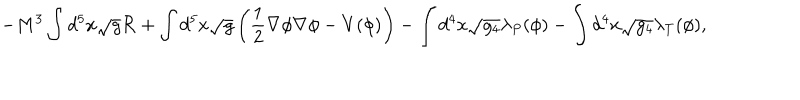
LaTeX: - M ^ { 3 } \int d ^ { 5 } x \sqrt { g } { \cal R } + \int d ^ { 5 } x \sqrt { g } \left( \frac { 1 } { 2 } \nabla \phi \nabla \phi - V ( \phi ) \right) - \int d ^ { 4 } x \sqrt { g _ { 4 } } \lambda _ { P } ( \phi ) - \int d ^ { 4 } x \sqrt { g _ { 4 } } \lambda _ { T } ( \phi ) ,